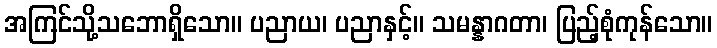
အကြင်သို့သဘောရှိသော။ ပညာယ၊ ပညာနှင့်။ သမန္နာဂတာ၊ ပြည့်စုံကုန်သော။